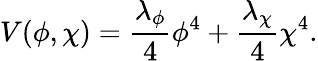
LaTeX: V(\phi,\chi)={\frac{\lambda_{\phi}}{4}}\phi^{4}+{\frac{\lambda_{\chi}}{4}}\chi^{4}.